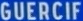
GUERCIF